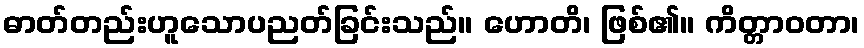
ဓာတ်တည်းဟူသောပညတ်ခြင်းသည်။ ဟောတိ၊ ဖြစ်၏။ ကိတ္တာဝတာ၊